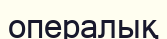
опералық